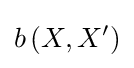
b\left(X,X'\right)